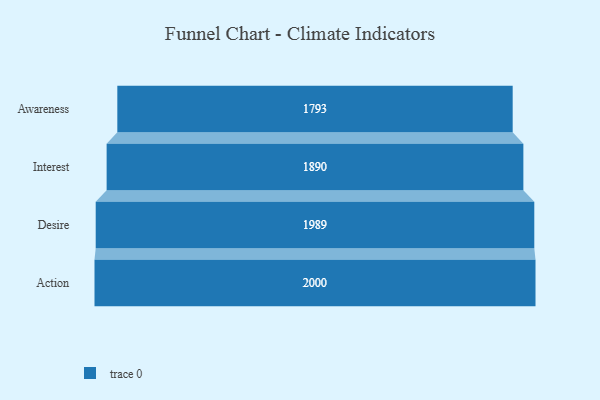
{"axis": {"x": "Stage", "y": "Value"}, "legend": [""], "data": [{"x": "Awareness", "y": 1793.0, "type": ""}, {"x": "Interest", "y": 1890.0, "type": ""}, {"x": "Desire", "y": 1989.0, "type": ""}, {"x": "Action", "y": 2000, "type": ""}]}